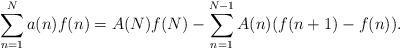
LaTeX: \begin{align*} \sum_{n=1}^{N} a(n) f(n) = A(N)f(N) - \sum_{n=1}^{N-1} A(n) (f(n+1)-f(n)).\end{align*}